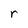
Character: r